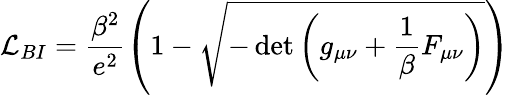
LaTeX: {\cal L}_{{BI}}=\frac{\beta^{2}}{e^{2}}\left(1-\sqrt{-\operatorname*{det}\left(g_{\mu\nu}+\frac 1\beta F_{\mu\nu}\right)}\right)